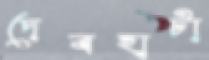
দেবহাটা